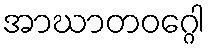
အာဃာတဝဂ္ဂေါ